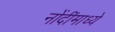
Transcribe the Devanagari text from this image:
नोंदींमाध्ये